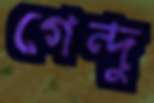
গেন্দু